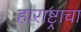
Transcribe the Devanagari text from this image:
हाराष्ट्राचा